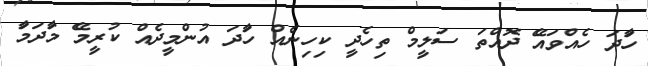
ހަާދަ ހެއްވައެޭ ދޮއްތަ ސަލިީމް ތިހެދިީ ކިހިނެއް ހަާދަ އުންމިީދެއް ކުރިީމެެެޭ މަާދަމަާ